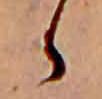
ゝ